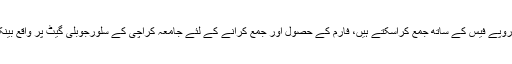
طلبہ اپنے رجسٹریشن فارم 3500/= روپے فیس کے ساتھ جمع کراسکتے ہیں، فارم کے حصول اور جمع کرانے کے لئے جامعہ کراچی کے سلورجوبلی گیٹ پر واقع بینک کائونٹرز سے رجوع کرسکتے ہیں۔